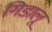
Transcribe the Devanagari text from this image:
गिडालू